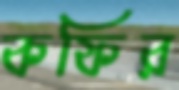
কফির